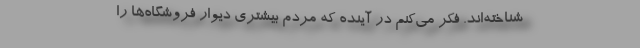
شناخته‌اند. فکر می‌کنم در آینده که مردم بیشتری دیوار فروشگاه‌ها را